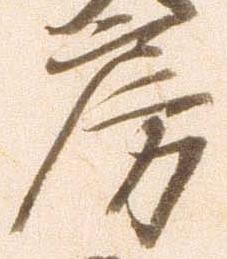
房